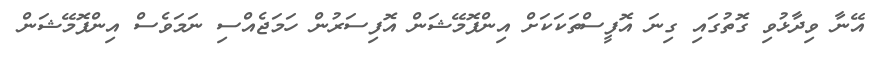
އޭނާ ވިދާޅުވި ގޮތުގައި ގިނަ އޮފީސްތަކަކަށް އިންފޮމޭޝަން އޮފިސަރުން ހަމަޖެއްސި ނަމަވެސް އިންފޮމޭޝަން